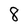
Character: 8